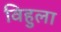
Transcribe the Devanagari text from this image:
विहुला